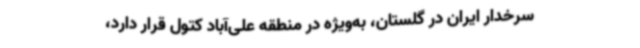
سرخدار ایران در گلستان، به‌ویژه در منطقه علی‌آباد کتول قرار دارد،